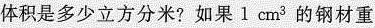
体积是多少立方分米?如果1cm³的钢材重